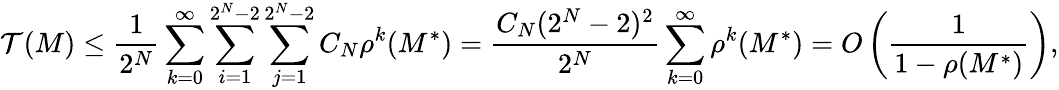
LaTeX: \mathcal{T}(M)\leq\frac{{1}}{{2^{N}}}\sum_{k=0}^{\infty}\sum_{i=1}^{2^{N}-2}\sum_{j=1}^{2^{N}-2}C_{N}\rho^{k}(M^{\ast})=\frac{{C_{N}(2^{N}-2)^{2}}}{{2^{N}}}\sum_{k=0}^{\infty}\rho^{k}(M^{\ast})=O\left(\frac{{1}}{{1-\rho(M^{\ast})}}\right),